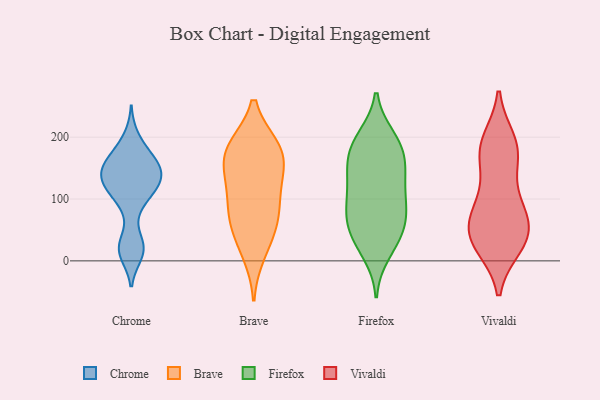
{"axis": {"x": "Budget (USD K)", "y": "Value"}, "legend": ["Brave", "Chrome", "Firefox", "Vivaldi"], "data": [{"x": "", "y": 168, "type": "Chrome"}, {"x": "", "y": 148, "type": "Chrome"}, {"x": "", "y": 15, "type": "Chrome"}, {"x": "", "y": 135, "type": "Chrome"}, {"x": "", "y": 135, "type": "Chrome"}, {"x": "", "y": 10, "type": "Chrome"}, {"x": "", "y": 172, "type": "Chrome"}, {"x": "", "y": 115, "type": "Chrome"}, {"x": "", "y": 147, "type": "Chrome"}, {"x": "", "y": 146, "type": "Chrome"}, {"x": "", "y": 166, "type": "Chrome"}, {"x": "", "y": 32, "type": "Chrome"}, {"x": "", "y": 126, "type": "Chrome"}, {"x": "", "y": 122, "type": "Chrome"}, {"x": "", "y": 22, "type": "Chrome"}, {"x": "", "y": 200, "type": "Chrome"}, {"x": "", "y": 90, "type": "Chrome"}, {"x": "", "y": 103, "type": "Chrome"}, {"x": "", "y": 182, "type": "Brave"}, {"x": "", "y": 183, "type": "Brave"}, {"x": "", "y": 184, "type": "Brave"}, {"x": "", "y": 151, "type": "Brave"}, {"x": "", "y": 103, "type": "Brave"}, {"x": "", "y": 36, "type": "Brave"}, {"x": "", "y": 137, "type": "Brave"}, {"x": "", "y": 65, "type": "Brave"}, {"x": "", "y": 181, "type": "Brave"}, {"x": "", "y": 12, "type": "Brave"}, {"x": "", "y": 74, "type": "Brave"}, {"x": "", "y": 131, "type": "Brave"}, {"x": "", "y": 75, "type": "Brave"}, {"x": "", "y": 53, "type": "Firefox"}, {"x": "", "y": 170, "type": "Firefox"}, {"x": "", "y": 61, "type": "Firefox"}, {"x": "", "y": 158, "type": "Firefox"}, {"x": "", "y": 89, "type": "Firefox"}, {"x": "", "y": 12, "type": "Firefox"}, {"x": "", "y": 191, "type": "Firefox"}, {"x": "", "y": 174, "type": "Firefox"}, {"x": "", "y": 142, "type": "Firefox"}, {"x": "", "y": 106, "type": "Firefox"}, {"x": "", "y": 200, "type": "Firefox"}, {"x": "", "y": 35, "type": "Firefox"}, {"x": "", "y": 62, "type": "Firefox"}, {"x": "", "y": 140, "type": "Firefox"}, {"x": "", "y": 127, "type": "Firefox"}, {"x": "", "y": 95, "type": "Firefox"}, {"x": "", "y": 80, "type": "Firefox"}, {"x": "", "y": 198, "type": "Firefox"}, {"x": "", "y": 30, "type": "Firefox"}, {"x": "", "y": 40, "type": "Vivaldi"}, {"x": "", "y": 108, "type": "Vivaldi"}, {"x": "", "y": 58, "type": "Vivaldi"}, {"x": "", "y": 66, "type": "Vivaldi"}, {"x": "", "y": 189, "type": "Vivaldi"}, {"x": "", "y": 80, "type": "Vivaldi"}, {"x": "", "y": 161, "type": "Vivaldi"}, {"x": "", "y": 90, "type": "Vivaldi"}, {"x": "", "y": 32, "type": "Vivaldi"}, {"x": "", "y": 27, "type": "Vivaldi"}, {"x": "", "y": 41, "type": "Vivaldi"}, {"x": "", "y": 182, "type": "Vivaldi"}, {"x": "", "y": 172, "type": "Vivaldi"}, {"x": "", "y": 24, "type": "Vivaldi"}, {"x": "", "y": 194, "type": "Vivaldi"}]}